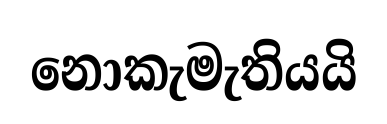
නොකැමැතියයි